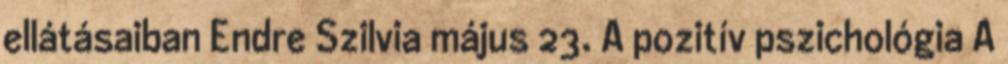
ellátásaiban Endre Szilvia május 23. A pozitív pszichológia A